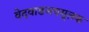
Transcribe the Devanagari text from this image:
वेदवाङमयमूलक